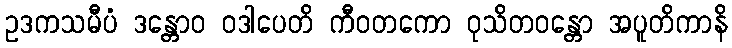
ဥဒကသမီပံ ဒန္တောဝ ဝဒါပေတိ ကီဝတကော ဝုသိတဝန္တော အပူတိကာနိ